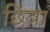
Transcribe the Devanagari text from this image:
छिंवा